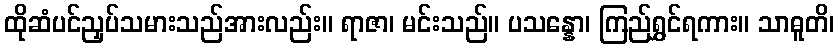
ထိုဆံပင်ညှပ်သမားသည်အားလည်း။ ရာဇာ၊ မင်းသည်။ ပသန္နော၊ ကြည်ရွှင်ရကား။ သာဓူတိ၊